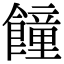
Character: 䭚